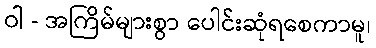
ဝါ - အကြိမ်များစွာ ပေါင်းဆုံရစေကာမူ၊